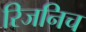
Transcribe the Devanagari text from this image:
रिजनिच